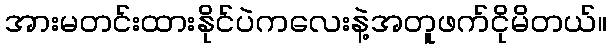
အားမတင်းထားနိုင်ပဲကလေးနဲ့အတူဖက်ငိုမိတယ်။